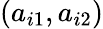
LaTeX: (a_{i1},a_{i2})